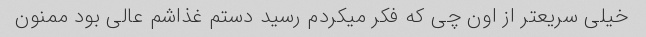
خیلی سریعتر از اون چی که فکر میکردم رسید دستم غذاشم عالی بود ممنون